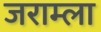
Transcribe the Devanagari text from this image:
जराम्ला